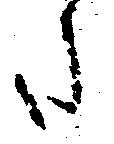
た